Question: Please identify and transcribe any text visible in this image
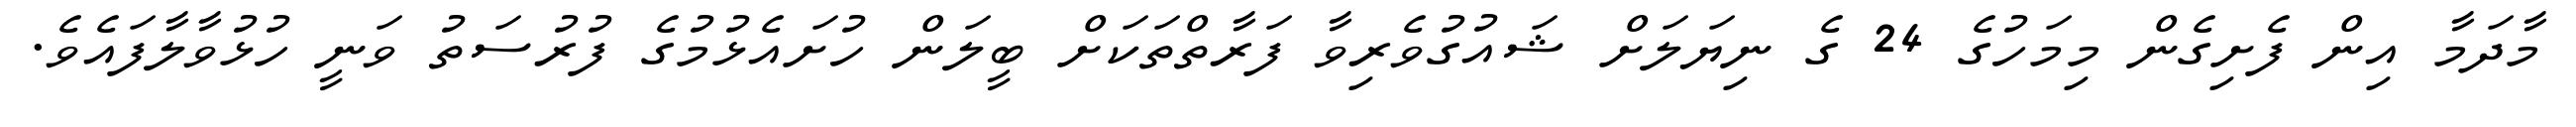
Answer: މާދަމާ އިން ފެށިގެން މިމަހުގެ 24 ގެ ނިޔަލަށް ޝައުގުވެރިވާ ފަރާތްތަކަށް ބީލަން ހުށައެޅުމުގެ ފުރުސަތު ވަނީ ހުޅުވާލާފައެވެ.